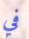
في